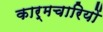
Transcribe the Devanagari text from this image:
कार्मचारियों